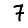
Digit: 7